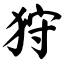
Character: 狩